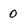
Character: 0